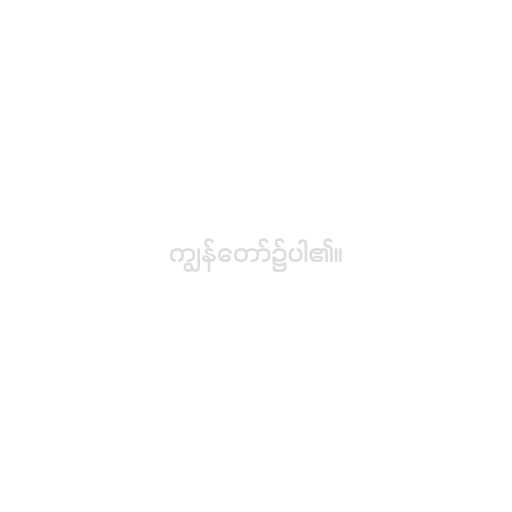
ကျွန်တော်၌ပါ၏။